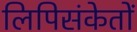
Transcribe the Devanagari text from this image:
लिपिसंकेतों